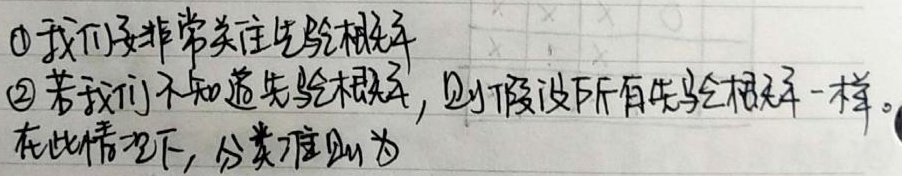
\textcircled{1}我们要非常关注先验概率。\textcircled{2}若我们不知道先验概率，则假设所有先验概率一样。在此情况下，分类准则为